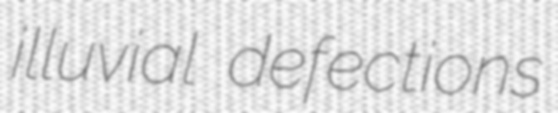
illuvial defections